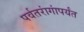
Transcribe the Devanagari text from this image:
पर्वतरांगांपर्यंत